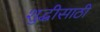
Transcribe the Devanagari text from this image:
शुद्धीसाठी